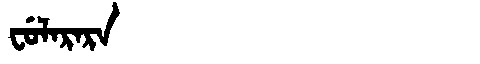
Manchu: ᠸᡠᠯᠠᡵᠠᡵᠠ
Romanization: FULARARA